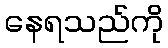
နေရသည်ကို